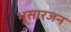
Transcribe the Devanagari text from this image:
भूसारजन